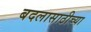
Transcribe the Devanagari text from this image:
बदलासाठीच्या